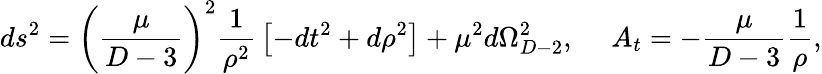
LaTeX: ds^{2}=\left({\frac{\mu}{D-3}}\right)^{2}{\frac{1}{\rho^{2}}}\left[-dt^{2}+d\rho^{2}\right]+\mu^{2}d\Omega_{D-2}^{2},\ \ \ \ \ A_{t}=-{\frac{\mu}{D-3}}{\frac{1}{\rho}},